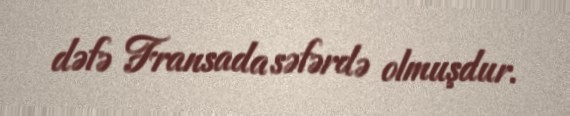
dəfə Fransada səfərdə olmuşdur.